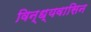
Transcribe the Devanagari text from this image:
विन्ध्यवासिन